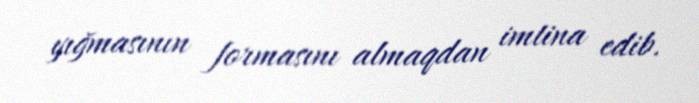
yığmasının formasını almaqdan imtina edib.